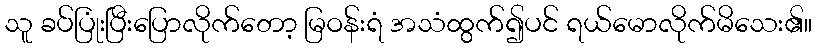
သူ ခပ်ပြုံးပြီးပြောလိုက်တော့ မြဝန်းရံ အသံထွက်၍ပင် ရယ်မောလိုက်မိသေး၏။